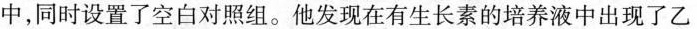
中，同时设置了空白对照组。他发现在有生长素的培养液中出现了乙